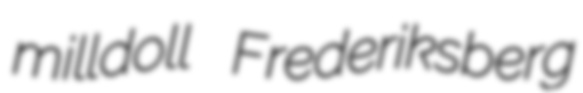
milldoll Frederiksberg